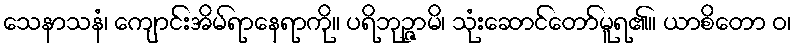
သေနာသနံ၊ ကျောင်းအိမ်ရာနေရာကို။ ပရိဘုဉ္ဇာမိ၊ သုံးဆောင်တော်မူရ၏။ ယာစိတော ဝ၊